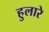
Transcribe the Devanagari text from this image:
हुलारे